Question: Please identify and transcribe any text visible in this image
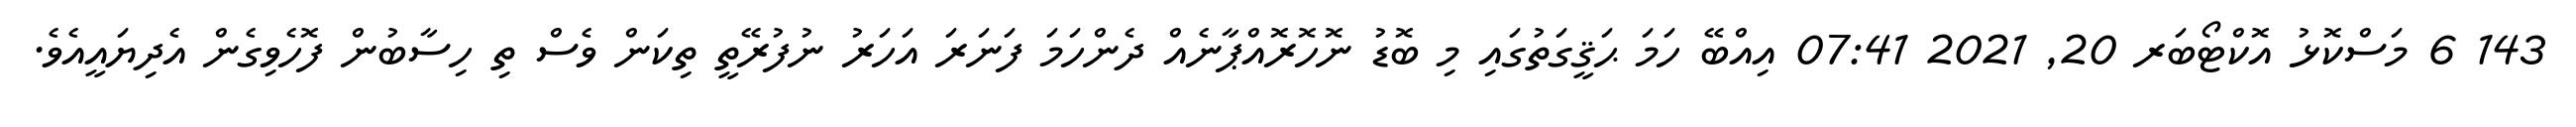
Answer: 143 6 މަސްކޮޅު އޮކްޓޯބަރ 20, 2021 07:41 އިއްބޭ ހަމަ ޙަޤީގަތުގައި މި ބޮޑު ނޮހޮރޮއްޕާނެއް ދެންހަމަ ފަނަރަ އަހަރު ނުފުރޭތީ ތިކަން ވެސް ތި ހިސާބުން ފޮހެވިގެން އެދިޔައީއެވެ.